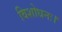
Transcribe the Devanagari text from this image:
विशोधनः।